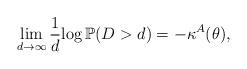
LaTeX: \begin{align*}\lim_{d\rightarrow\infty}\frac{1}{d}{\log \mathbb{P}(D> d)} = -\kappa^{A}(\theta),\end{align*}